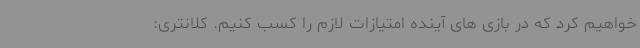
خواهیم کرد که در بازی های آینده امتیازات لازم را کسب کنیم. کلانتری: